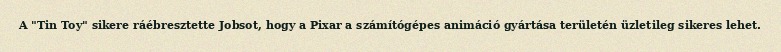
A "Tin Toy" sikere ráébresztette Jobsot, hogy a Pixar a számítógépes animáció gyártása területén üzletileg sikeres lehet.